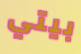
بيتي